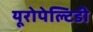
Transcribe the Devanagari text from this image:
यूरोपेल्टिडी